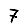
Digit: 7